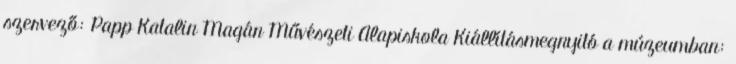
szervező: Papp Katalin Magán Művészeti Alapiskola Kiállításmegnyitó a múzeumban: